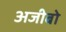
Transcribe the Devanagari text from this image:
अजीबो